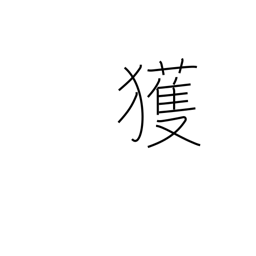
Meaning: find